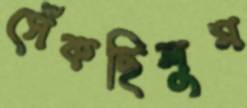
সেঁকছিলুম